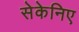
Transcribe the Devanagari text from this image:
सेकेनिए